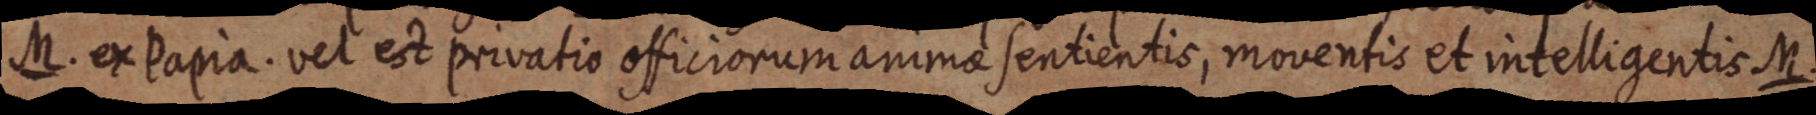
M. ex Papia. vel est privatio officiorum animae sentientis, moventis et intelligentis M.